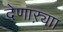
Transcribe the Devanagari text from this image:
देणाऱ्याा